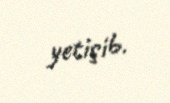
yetişib.